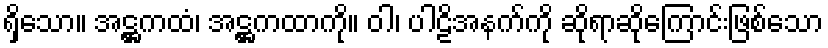
ရှိသော။ အဋ္ဌကထံ၊ အဋ္ဌကထာကို။ ဝါ၊ ပါဠိအနက်ကို ဆိုရာဆိုကြောင်းဖြစ်သော